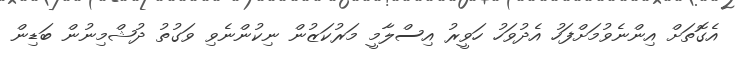
އެގޮތަށް އިންނެވުމަށްފަހު އެދުވަހު ހަވީރު އިސްލާމީ މަރުކަޒުން ނިކުންނެވި ވަގުތު ދުޝްމިނުން ބަޑިން